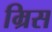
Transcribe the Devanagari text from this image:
म्रिस